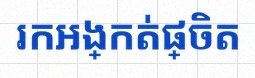
រកអង្កត់ផ្ចិត